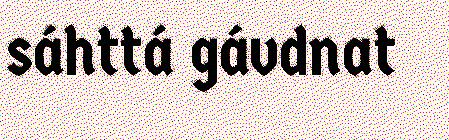
sáhttá gávdnat